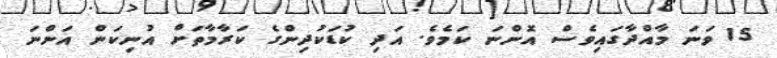
15 ވަނަ މާއްދާގައިވެސް އޮންނަ ކަމެވެ. އަދި ކުޑަކުދިންގެ ކަރާމާތަށް އުނިކަން އަންނަ